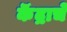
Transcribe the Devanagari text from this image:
कॆंद्राचे